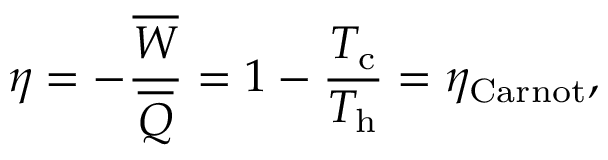
\eta = - \frac { \overline { { W } } } { \overline { { Q } } } = 1 - \frac { T _ { \mathrm { c } } } { T _ { \mathrm { h } } } = \eta _ { \mathrm { C a r n o t } } ,